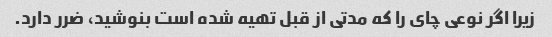
زیرا اگر نوعی چای را که مدتی از قبل تهیه شده است بنوشید، ضرر دارد.